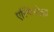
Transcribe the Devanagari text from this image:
एस्पिनोझा